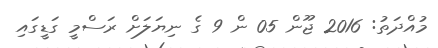
މުއްދަތު: 2016 ޖޫން 05 ން 9 ގެ ނިޔަލަށް ރަސްމީ ގަޑީގައި